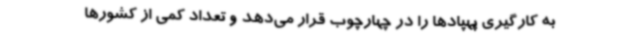
به کارگیری پهپادها را در چهارچوب قرار می‌دهد و تعداد کمی از کشورها